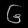
Digit: ၆